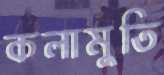
কলামুতি